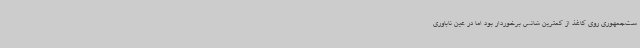
ست‌جمهوری روی کاغذ از کمترین شانس برخوردار بود اما در عین ناباوری